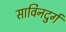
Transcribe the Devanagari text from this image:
साविनदुर्ग